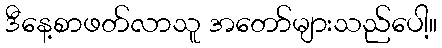
ဒီနေ့စာဖတ်လာသူ အတော်များသည်ပေါ့။